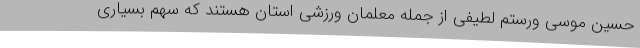
حسین موسی ورستم لطیفی از جمله معلمان ورزشی استان هستند که سهم بسیاری